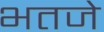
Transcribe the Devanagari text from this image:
भतजे